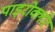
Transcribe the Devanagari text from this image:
पाइरोक्लोर